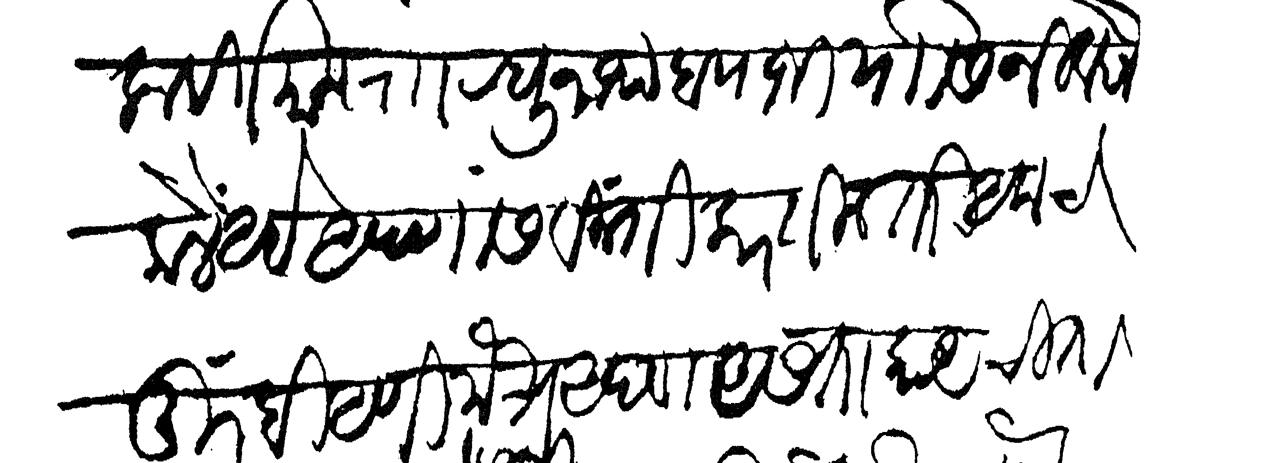
Transliteration (Devanagari): क वर्तमान राा रघुनाथ बापाजी यासी निवेदन केलें आहे आपणांस विनंती करतील तरी आमचे मुरबी आणि मैत्र आपण असता काय चिंता